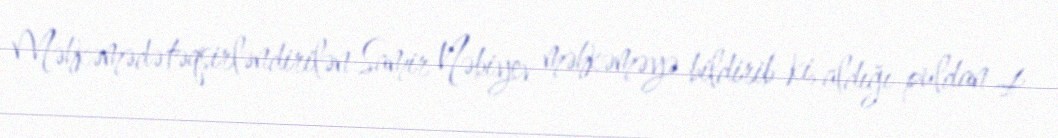
Məhkəmədə təqsirləndirilən Samir Nəbiyev məhkəməyə bildirib ki, aldığı puldan 4